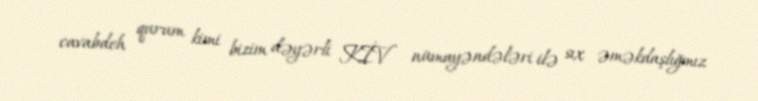
cavabdeh qurum kimi bizim dəyərli KİV nümayəndələri ilə sıx əməkdaşlığmız